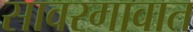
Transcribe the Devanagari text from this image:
सावरगावात